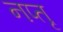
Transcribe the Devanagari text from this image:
नप्तृ